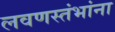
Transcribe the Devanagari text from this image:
लवणस्तंभांना